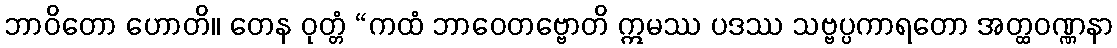
ဘာဝိတော ဟောတိ။ တေန ဝုတ္တံ “ကထံ ဘာဝေတဗ္ဗောတိ ဣမဿ ပဒဿ သဗ္ဗပ္ပကာရတော အတ္ထဝဏ္ဏနာ